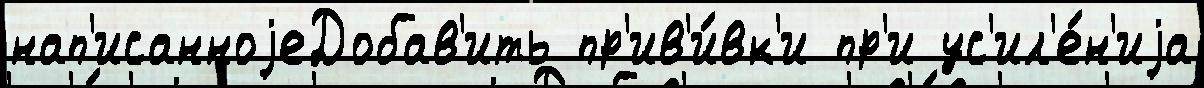
нап'исанноjеДобав'ить пр'ив'и́вк'и пр'и ус'ил'е́н'иjа